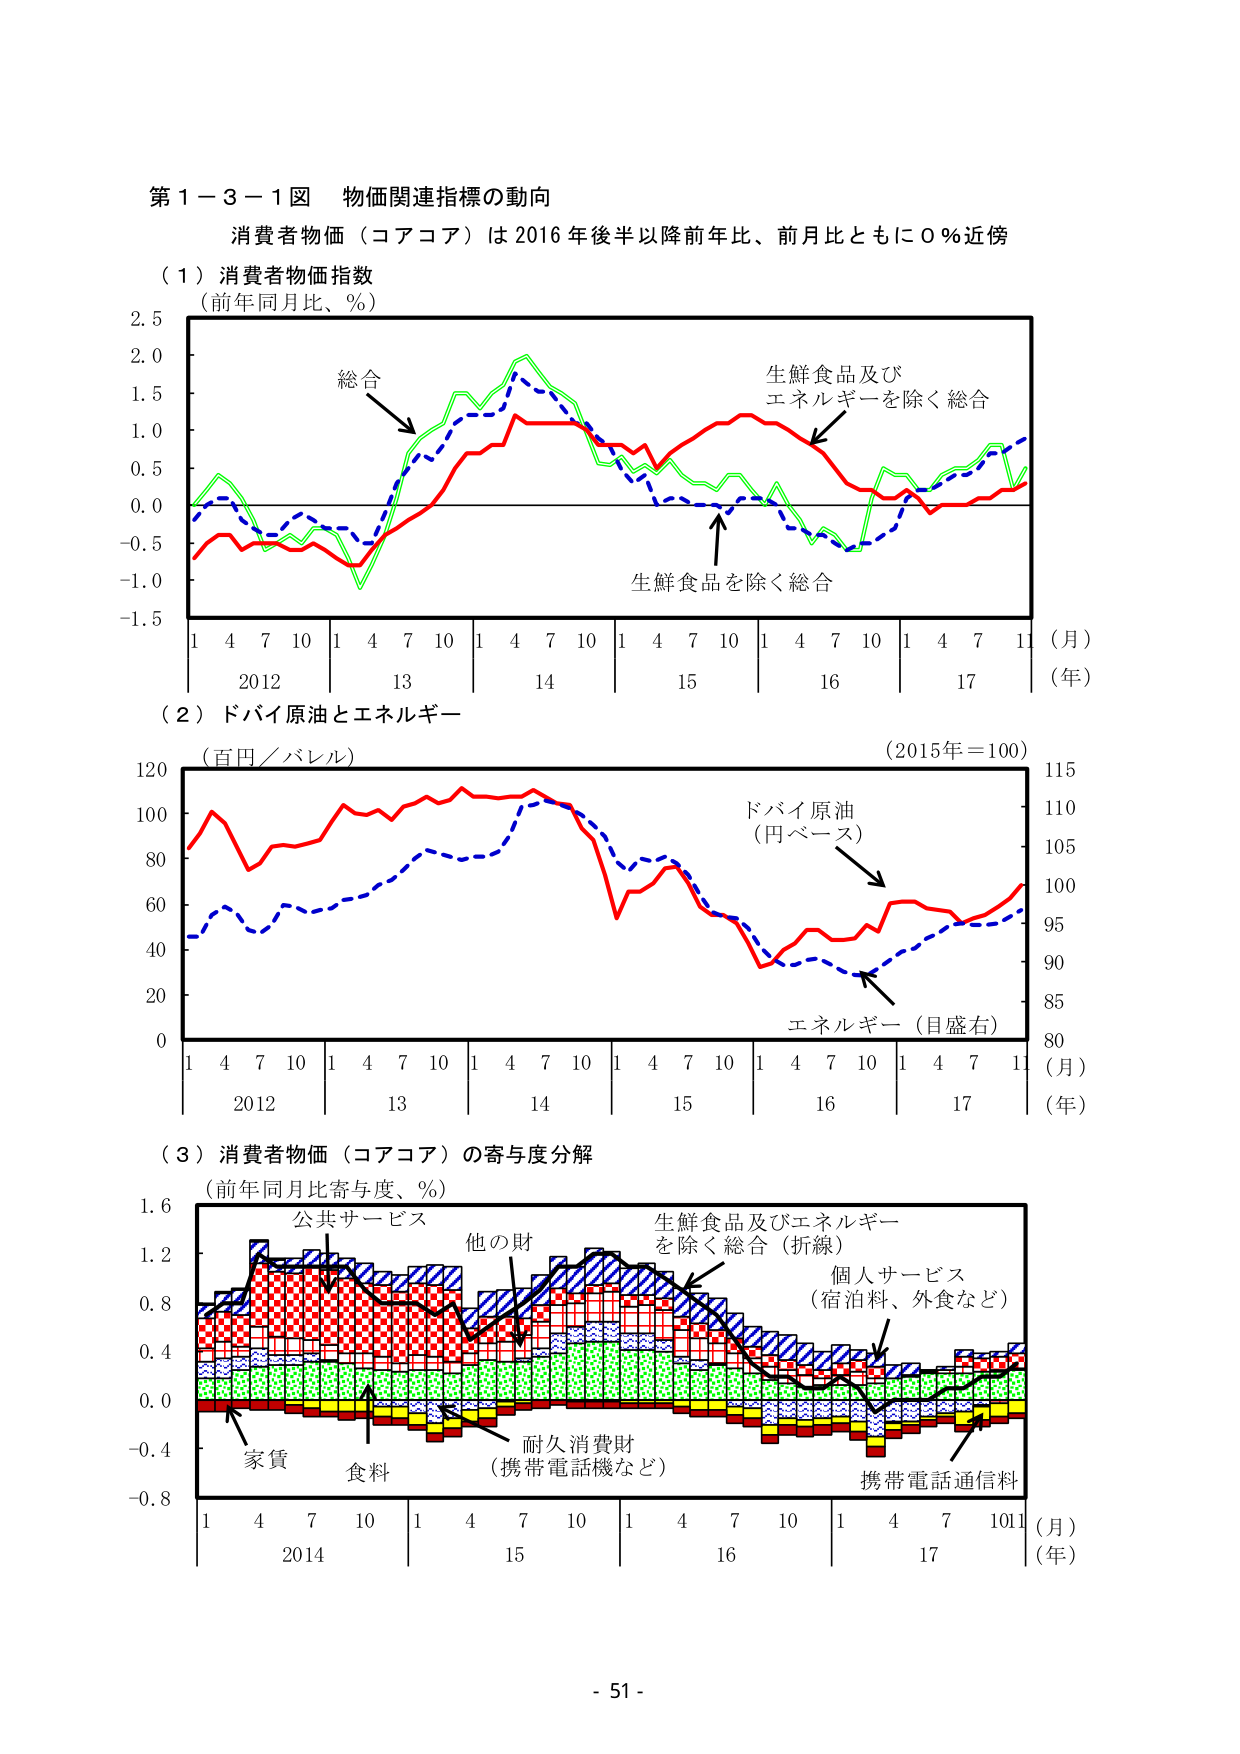
第１－３－１図 物価関連指標の動向
消費者物価（コアコア）は2016年後半以降前年比、前月比ともに０％近傍

（１）消費者物価指数
（前年同月比、％）

総合
生鮮食品及びエネルギーを除く総合
生鮮食品を除く総合

（月）
（年）
1 4 7 10 1 4 7 10 1 4 7 10 1 4 7 10 1 4 7 10 1 4 7 11
2012 13 14 15 16 17

（２）ドバイ原油とエネルギー
（百円／バレル）
（2015年＝100）

ドバイ原油
（円ベース）
エネルギー（目盛右）

（月）
（年）
1 4 7 10 1 4 7 10 1 4 7 10 1 4 7 10 1 4 7 11
2012 13 14 15 16 17

（３）消費者物価（コアコア）の寄与度分解
（前年同月比寄与度、％）

公共サービス
他の財
生鮮食品及びエネルギーを除く総合（折線）
個人サービス
（宿泊料、外食など）
家賃
食料
耐久消費財
（携帯電話機など）
携帯電話通信料

（月）
（年）
1 4 7 10 1 4 7 10 1 4 7 10 1 4 7 10 1 4 7 1011
2014 15 16 17

- 51 -